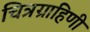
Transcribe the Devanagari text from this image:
चित्रग्राहिणी